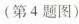
(第4题图)